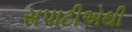
સપાટીએથી